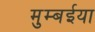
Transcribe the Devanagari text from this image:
मुम्बईया